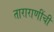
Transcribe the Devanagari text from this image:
ताराराणींची